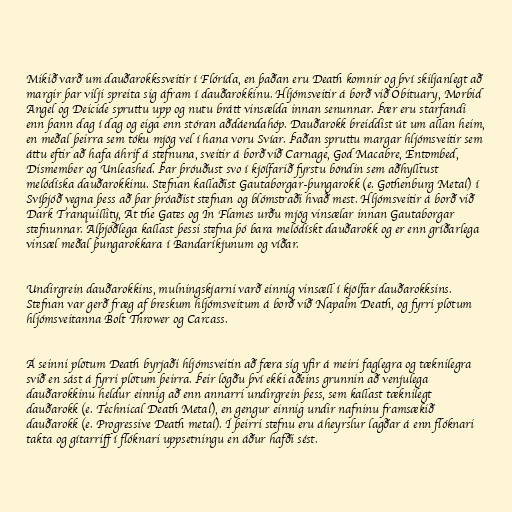
Mikið varð um dauðarokkssveitir í Flórída, en þaðan eru Death komnir og því skiljanlegt að
margir þar vilji spreita sig áfram í dauðarokkinu. Hljómsveitir á borð við Obituary, Morbid
Angel og Deicide spruttu upp og nutu brátt vinsælda innan senunnar. Þær eru starfandi
enn þann dag í dag og eiga enn stóran aðdáendahóp. Dauðarokk breiddist út um allan heim,
en meðal þeirra sem tóku mjög vel í hana voru Svíar. Þaðan spruttu margar hljómsveitir sem
áttu eftir að hafa áhrif á stefnuna, sveitir á borð við Carnage, God Macabre, Entombed,
Dismember og Unleashed. Þar þróuðust svo í kjölfarið fyrstu böndin sem aðhylltust
melódíska dauðarokkinu. Stefnan kallaðist Gautaborgar-þungarokk (e. Gothenburg Metal) í
Svíþjóð vegna þess að þar þróaðist stefnan og blómstraði hvað mest. Hljómsveitir á borð við
Dark Tranquillity, At the Gates og In Flames urðu mjög vinsælar innan Gautaborgar
stefnunnar. Alþjóðlega kallast þessi stefna þó bara melódískt dauðarokk og er enn gríðarlega
vinsæl meðal þungarokkara í Bandaríkjunum og víðar.

Undirgrein dauðarokkins, mulningskjarni varð einnig vinsæll í kjölfar dauðarokksins.
Stefnan var gerð fræg af breskum hljómsveitum á borð við Napalm Death, og fyrri plötum
hljómsveitanna Bolt Thrower og Carcass.

Á seinni plötum Death byrjaði hljómsveitin að færa sig yfir á meiri faglegra og tæknilegra
svið en sást á fyrri plötum þeirra. Þeir lögðu því ekki aðeins grunnin að venjulega
dauðarokkinu heldur einnig að enn annarri undirgrein þess, sem kallast tæknilegt
dauðarokk (e. Technical Death Metal), en gengur einnig undir nafninu framsækið
dauðarokk (e. Progressive Death metal). Í þeirri stefnu eru áheyrslur lagðar á enn flóknari
takta og gítarriff í flóknari uppsetningu en áður hafði sést.